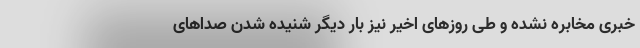
خبری مخابره نشده‌ و طی روزهای اخیر نیز بار دیگر شنیده شدن صداهای